Civil Veterinary Department Bihar & Orissa reports 1911-21 - 1911-1921
Year: 1911
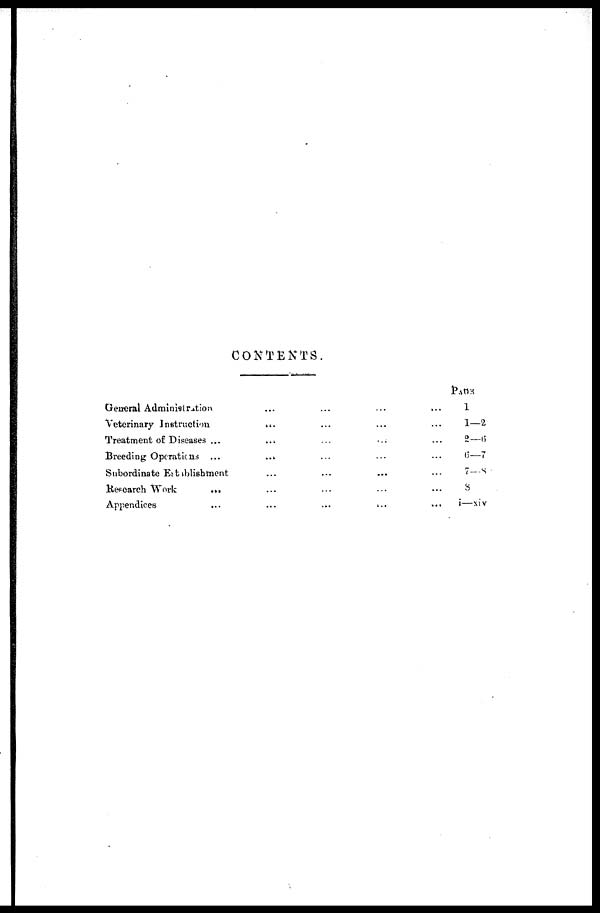
CONTENTS.
General Administration
...
...
... ...
Veterinary Instruction ... ... ...
Treatment of Diseases ...
Breeding Operations ... ... ... ...
Subordinate Eatablishment
Refcarch Work ... ... ...
Appendices
Page
1
1—2
2—6
6—7
7—8
8
i—xiv